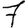
Digit: 7